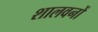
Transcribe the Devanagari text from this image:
शालवनों